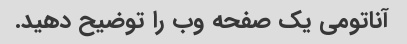
آناتومی یک صفحه وب را توضیح دهید.